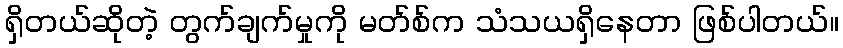
ရှိတယ်ဆိုတဲ့ တွက်ချက်မှုကို မတ်စ်က သံသယရှိနေတာ ဖြစ်ပါတယ်။